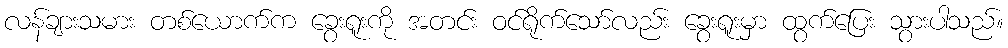
လန်ချားသမား တစ်ယောက်က ခွေးရူးကို အတင်း ဝင်ရိုက်သော်လည်း ခွေးရူးမှာ ထွက်ပြေး သွားပါသည်။